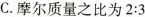
C.摩尔质量之比为$$2:3$$